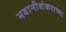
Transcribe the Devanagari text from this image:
भवानीशंकराच्या